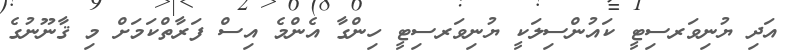
އަދި ޔުނިވަރސިޓީ ކައުންސިލަކީ ޔުނިވަރސިޓީ ހިންގާ އެންމެ އިސް ފަރާތްކަމަށް މި ޤާނޫނުގެ